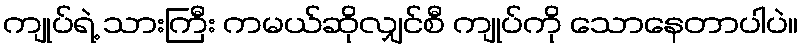
ကျုပ်ရဲ့ သားကြီး ကမယ်ဆိုလျှင်စီ ကျုပ်ကို သောနေတာပါပဲ။